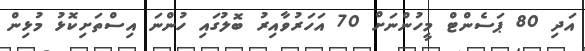
އަދި 80 ޕަސެންޓް މީހުންނަށް 70 އަހަރުވާއިރު ބޮލުގައި ހުންނަ އިސްތަށިކޮޅު މުޅިން